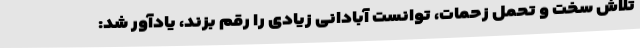
تلاش سخت و تحمل زحمات، توانست آبادانی زیادی را رقم بزند، یادآور شد: